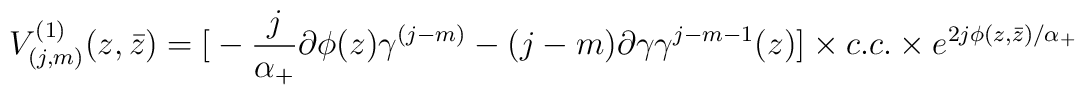
V^{(1)}_{(j,m)}(z, \bar z) = {\large [} - \frac {j}{\alpha_+} \partial \phi (z)\gamma^{(j-m)} -(j-m)\partial \gamma \gamma^{j-m-1}(z) {\large ]}\times c.c.\times e^{2j\phi(z, \bar z)/\alpha_+}